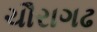
ચૌરાગઢ